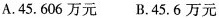
A.45.606万元 B.45.6万元